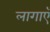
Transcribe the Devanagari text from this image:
लागाएँ